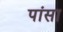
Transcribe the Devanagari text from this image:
पांसा